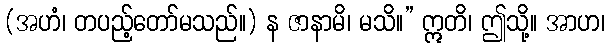
(အဟံ၊ တပည့်တော်မသည်။) န ဇာနာမိ၊ မသိ။” ဣတိ၊ ဤသို့။ အာဟ၊